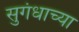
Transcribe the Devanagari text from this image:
सुगंधाच्या